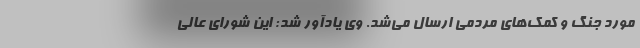
مورد جنگ و کمک‌های مردمی ارسال می‌شد. وی یادآور شد: این شورای عالی